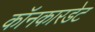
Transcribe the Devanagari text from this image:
कॉनकारडेट